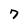
Character: 7